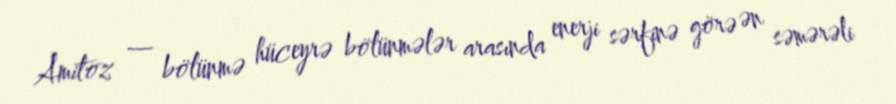
Amitoz — bölünmə hüceyrə bölünmələr arasında enerji sərfinə görə ən səmərəli